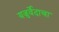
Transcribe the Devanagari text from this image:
यजुर्वेदाचा